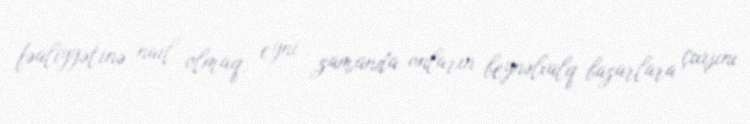
fəaliyyətinə nail olmaq, eyni zamanda onların beynəlxalq bazarlara çıxışını